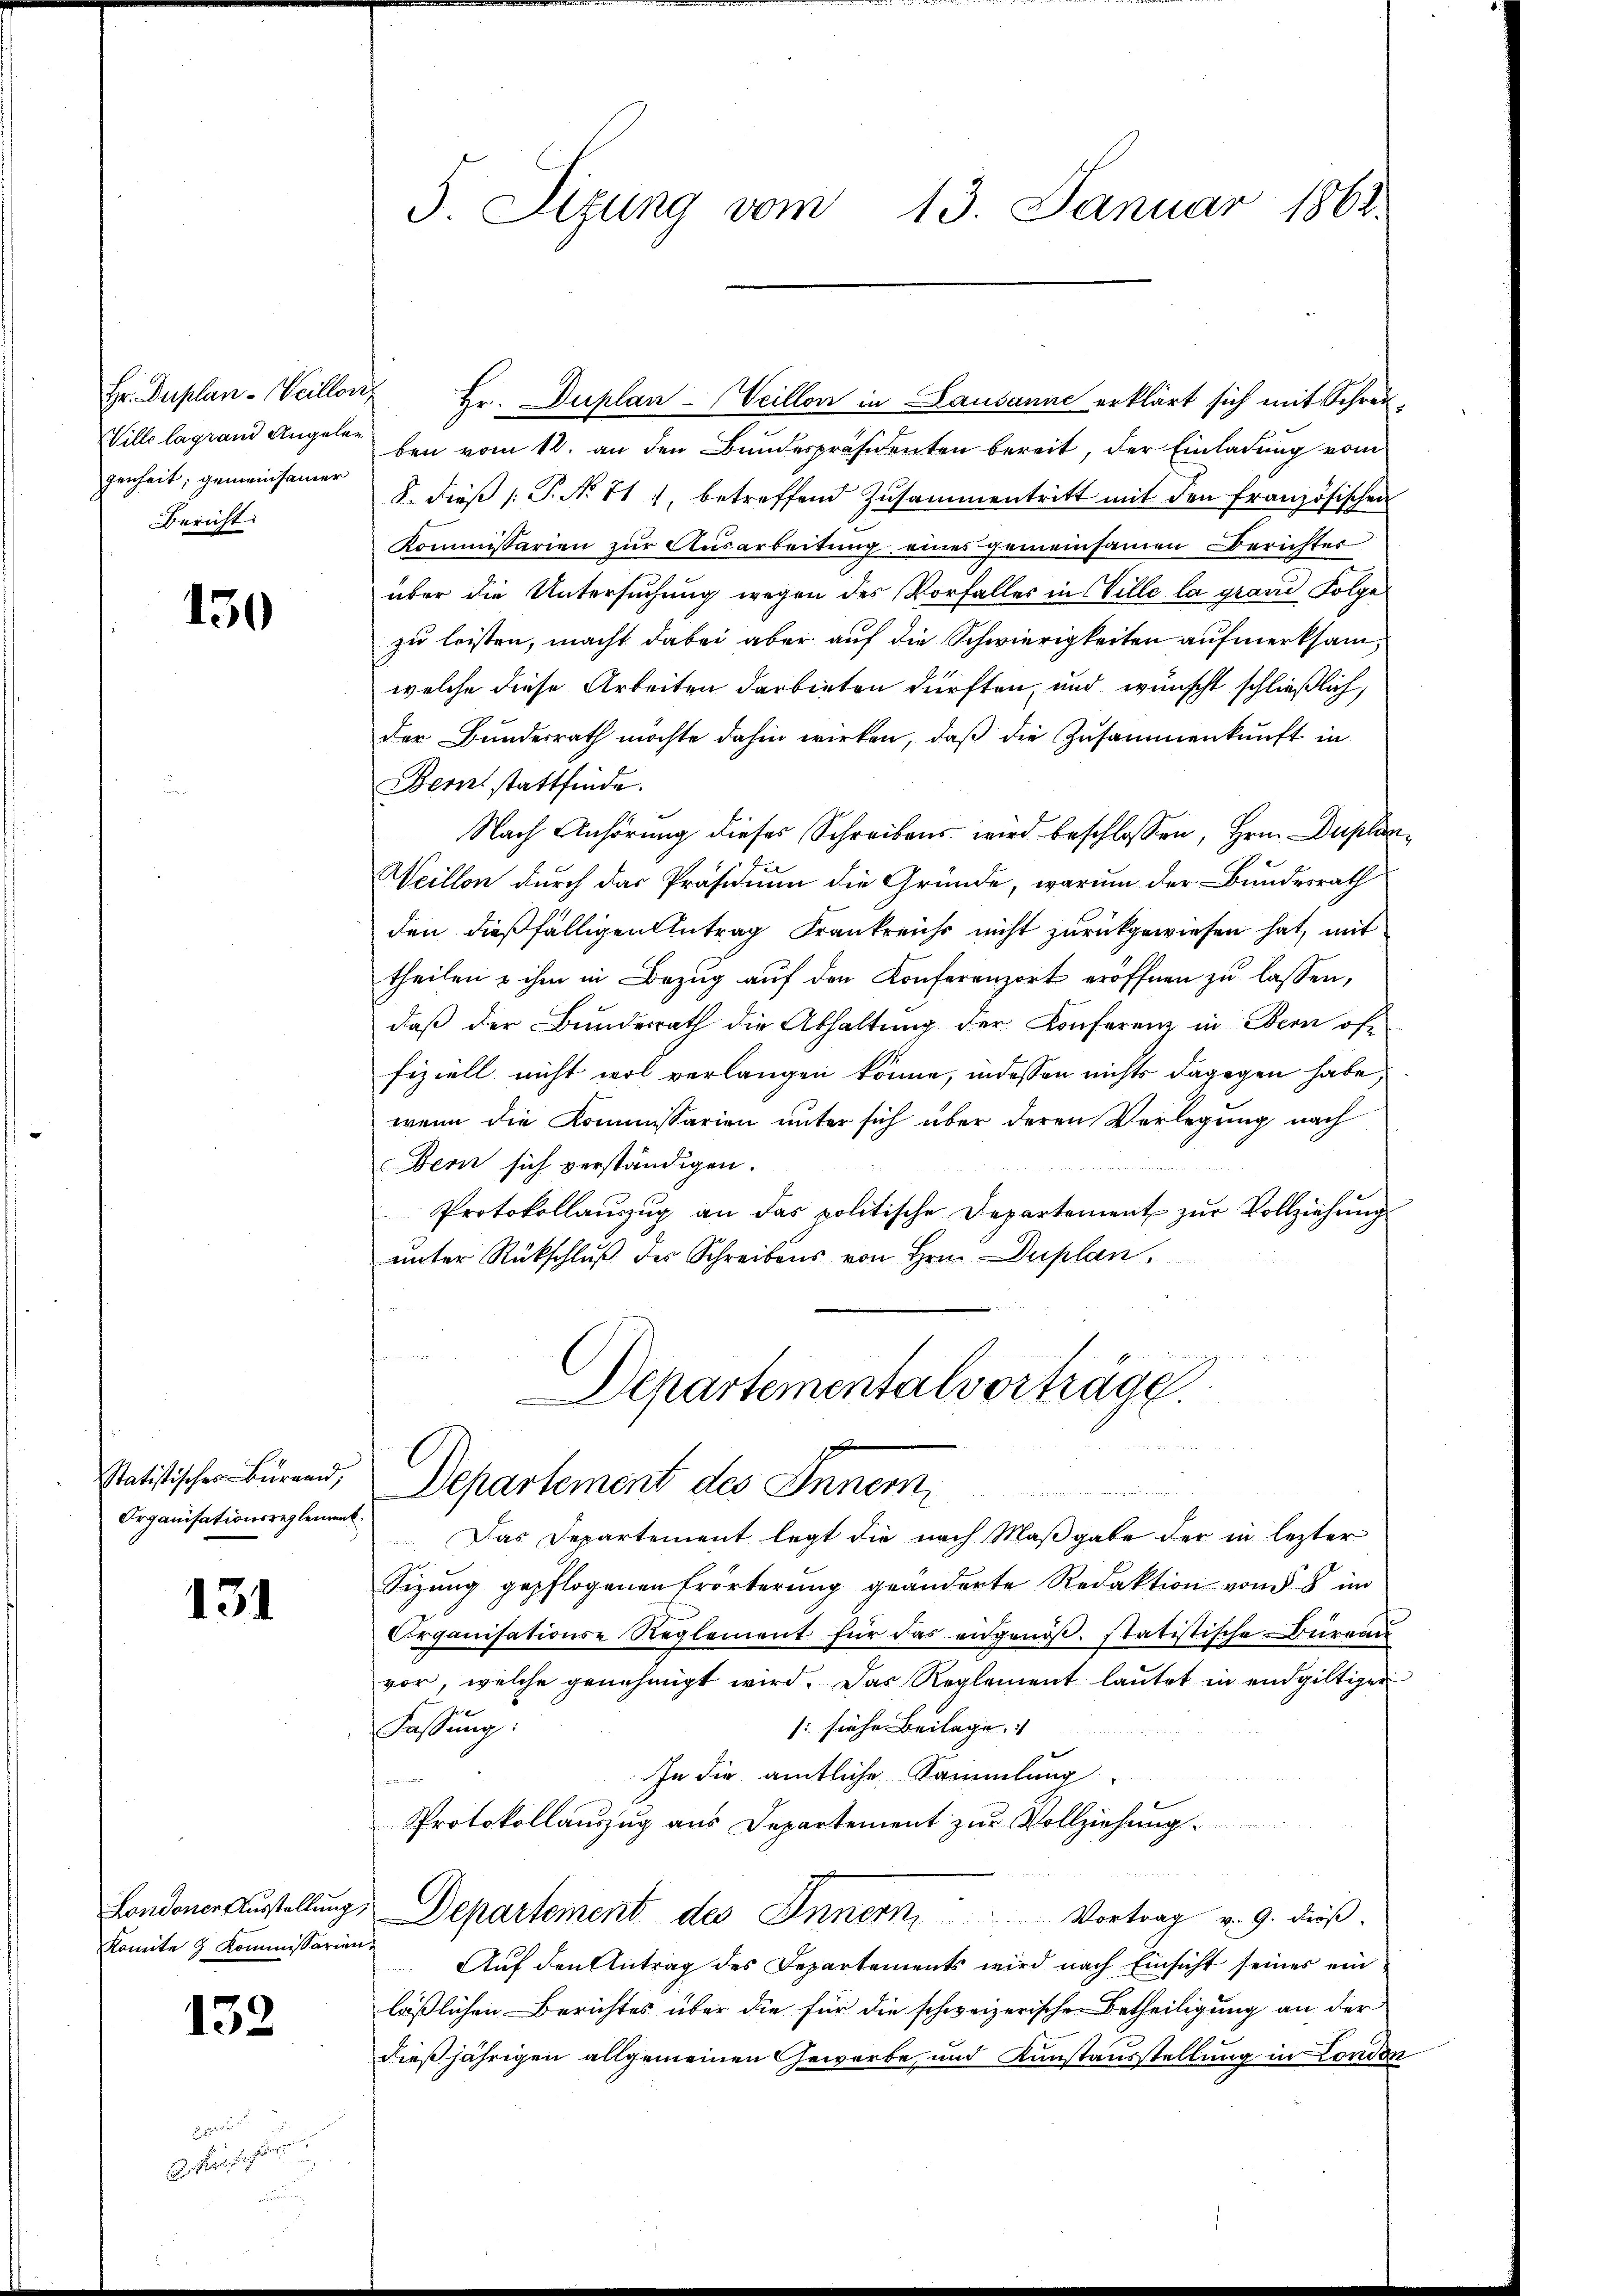
Hr. Duplan-Weillon
Ville lagrand Angelen
genheit; gemeinsamer
Bericht

150

Statistischer Bürgend,
Organisationsreglement.

131

Londoner Ausstellung,
konnte z. Kommissarien

132

c
 hierseit

5. Sizung vom 13. Januar 1862.

Hr. Duplan -Veillon in Lausanne erklärt sich mit Schreiben vom 12. an den Bundespräsidenten bereit, der Einladung vom
8. dieß P. N. 11 1, betreffend Zusammentritt mit den französischen
Kommissarien zur Ausarbeitung eines gemeinsamen Berichter
über die Untersuchung wegen des Vorfaller in Wille la grand Folge
zu leisten, macht dabei aber auf die Schwierigkeiten aufmerksam,
welche diese Arbeiten darbieten dürften, und wünscht schließlich,
der Bundesrath möchte dahin wirken, daß die Zusammenkunft in
Bern stattfinde.
Nach Anhörung dieses Schreibens wird beschlossen, Hrn. Duplan¬
Weillon durch das Präsidium die Gründe, warum der Bundesrath
den dießfälligen Antrag Frankreichs nicht zurückgewiesen hat, mit
theilen u ihm in Bezŭg aŭf den Konferenzort eröffnen zŭ lassen,
daβ der Bundesrath die Abhaltŭng der Konferenz in Obern offiziell nicht wol verlangen könne, indessen nichts dagegen habe,
wenn die Kommissarien unter sich über deren Verlegung nach
w
Bern sich verständigen.
Protokollauszug an das politische Departement zur Vollziehung
unter Rückschluß des Schreibens von Hrn. Duplan
u

Departementalvorträge

Departement des Inneme

Das Departement legt die nach Maßgabe der in lezter
Sizung gepflogenen Erörterung geänderte Redaktion vom 8 im
Organisations-Reglement für das angenöβ. statistische Büreau
vor, welche genehmigt wird. Das Reglement laŭtet in endgültiger
: siehe Beilage.
Fassung:
In die amtliche Sammlung
Protokollauszug aus Departement zur Vollziehung.
Departement des Innern Vortrag v. 9. dieß.
Auf den Antrag des Departements wird nach Einsicht seines ein
läßlichen Berichtes über die für die schweizerische Betheiligung an der
dießjährigen allgemeinen Gewerbe, und Kunstausstellung in London